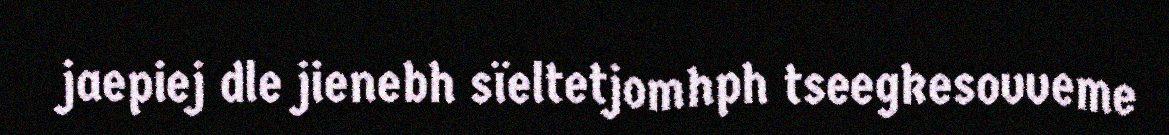
jaepiej dle jienebh sïeltetjomhph tseegkesovveme